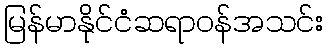
မြန်မာနိုင်ငံဆရာဝန်အသင်း